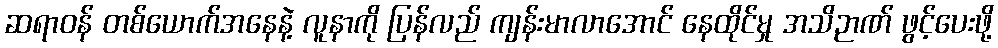
ဆရာဝန် တစ်ယောက်အနေနဲ့ လူနာကို ပြန်လည် ကျန်းမာလာအောင် နေထိုင်မှု အသိဉာဏ် ဖွင့်ပေးဖို့